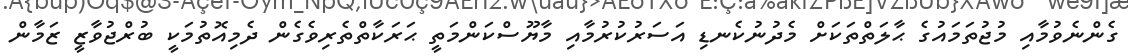
ގެންނެވުމާއި މުޖުތަމައުގެ ޙާލަތްތަކަށް މެދުނުކެނޑި އަސަރުކުރުމާއި މާޔޫސްކަންމަތީ ޙަރަކާތްތެރިވެގެން ދެމިއޮތުމަކީ ބުރްޖުވާޒީ ޒަމާން